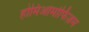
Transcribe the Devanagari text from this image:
होमिओमोर्फिज़म